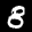
Label: 8